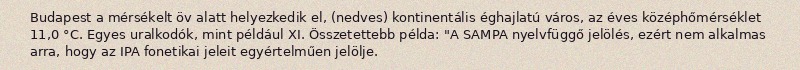
Budapest a mérsékelt öv alatt helyezkedik el, (nedves) kontinentális éghajlatú város, az éves középhőmérséklet 11,0 °C. Egyes uralkodók, mint például XI. Összetettebb példa: "A SAMPA nyelvfüggő jelölés, ezért nem alkalmas arra, hogy az IPA fonetikai jeleit egyértelműen jelölje.